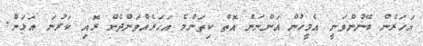
އަހަރެން ބޭނުންވަނީ އެމީހުން އަންނަން އޮތް ކިތަންމެ އަހަރެއްވަންދެން ރޮއި ކަރުނަ އަޅަން.